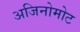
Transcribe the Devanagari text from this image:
अजिनोमोट